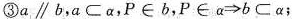
③a\parallelb，a⊂α，P∈b，P∈α>b⊂α；